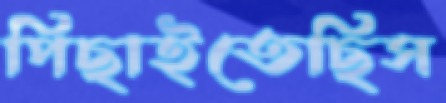
পিছাইতেছিস